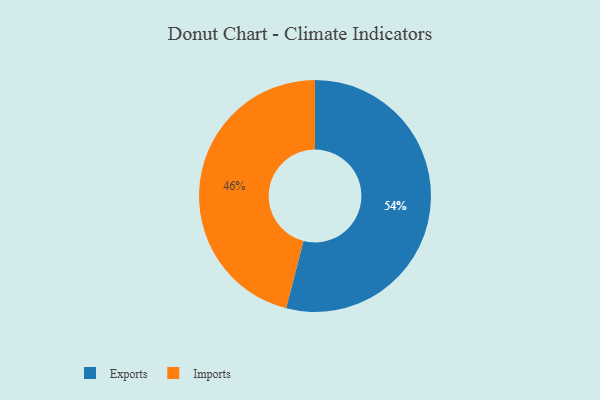
{"axis": {"x": "Category", "y": "Percentage"}, "legend": ["Exports", "Imports"], "data": [{"x": "Exports", "y": 54, "type": "Exports"}, {"x": "Imports", "y": 46, "type": "Imports"}]}